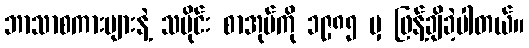
ဘာသာစကားများနဲ့ သမိုင်း စာအုပ်ကို ၁၉၈၅ မှ ဖြန့်ချိခဲ့ပါတယ်။